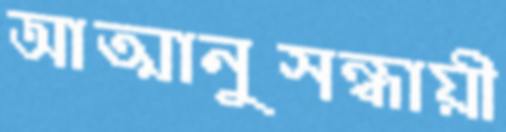
আত্মানুসন্ধায়ী